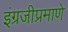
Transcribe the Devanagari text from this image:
इंग्रजीप्रमाणे